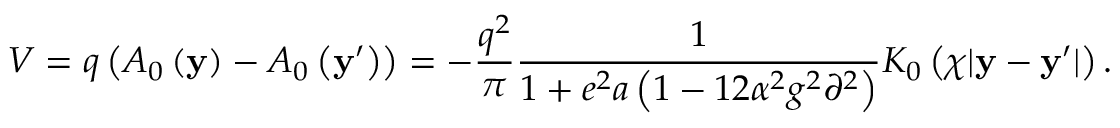
V = q \left( { { \cal A } _ { 0 } \left( { \bf y } \right) - { \cal A } _ { 0 } \left( { { \bf y } ^ { \prime } } \right) } \right) = - \frac { { q ^ { 2 } } } { \pi } \frac { 1 } { { 1 + e ^ { 2 } a \left( { 1 - 1 2 \alpha ^ { 2 } g ^ { 2 } \partial ^ { 2 } } \right) } } K _ { 0 } \left( { \chi | { \bf y } - { \bf y } ^ { \prime } | } \right) .